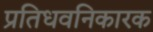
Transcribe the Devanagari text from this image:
प्रतिधवनिकारक